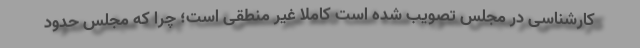
کارشناسی در مجلس تصویب شده است کاملا غیر منطقی است؛ چرا که مجلس حدود